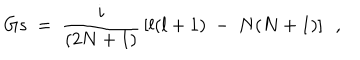
G s ~ = ~ { \frac { i } { ( 2 N + 1 ) } } \left[ l ( l + 1 ) ~ - ~ N ( N + 1 ) \right] ~ ~ ,